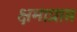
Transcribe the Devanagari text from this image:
क्षमाप्राप्त